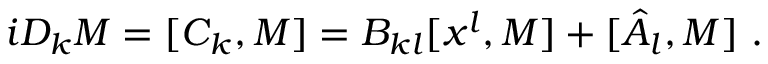
i D _ { k } M = [ C _ { k } , M ] = B _ { k l } [ x ^ { l } , M ] + [ \hat { A } _ { l } , M ] \ .